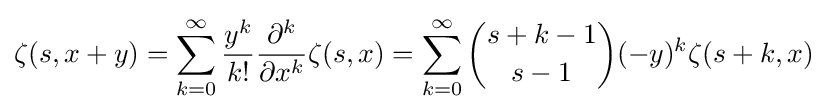
\zeta (s,x+y)=\sum _{k=0}^{\infty }{\frac {y^{k}}{k!}}{\frac {\partial ^{k}}{\partial x^{k}}}\zeta (s,x)=\sum _{k=0}^{\infty }{s+k-1 \choose s-1}(-y)^{k}\zeta (s+k,x)